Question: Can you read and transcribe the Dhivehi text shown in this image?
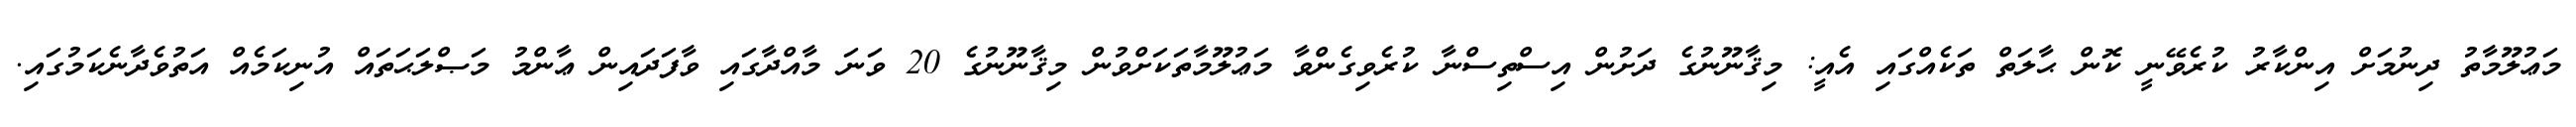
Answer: މަޢުލޫމާތު ދިނުމަށް އިންކާރު ކުރެވޭނީ ކޮން ޙާލަތް ތަކެއްގައި އެއީ: މިޤާނޫނުގެ ދަށުން އިސްތިސްނާ ކުރެވިގެންވާ މަޢުލޫމާތަކަށްވުން މިޤާނޫނުގެ 20 ވަނަ މާއްދާގައި ވާފަދައިން ޢާންމު މަޞްލަޙަތައް އުނިކަމެއް އަތުވެދާނެކަމުގައި.